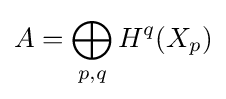
A=\bigoplus _{p,q}H^{q}(X_{p})